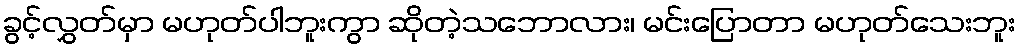
ခွင့်လွှတ်မှာ မဟုတ်ပါဘူးကွာ ဆိုတဲ့သဘောလား၊ မင်းပြောတာ မဟုတ်သေးဘူး